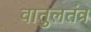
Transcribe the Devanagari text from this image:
वातुलतंत्र